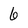
Character: 6